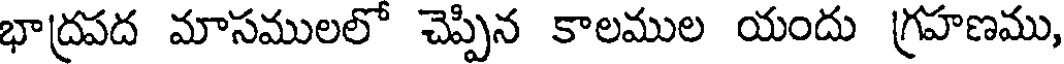
భాద్రపద మాసములలో చెప్పిన కాలముల యందు గ్రహణము,